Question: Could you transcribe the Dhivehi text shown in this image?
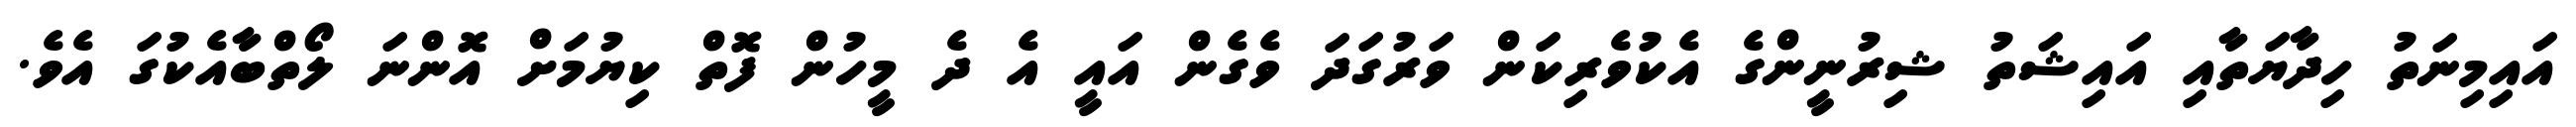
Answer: އައިމިނަތު ހިދާޔަތާއި އައިޝަތު ޝިރުނީންގެ އެކުވެރިކަން ވަރުގަދަ ވެގެން އައީ އެ ދެ މީހުން ފޮތް ކިޔުމަށް އޮންނަ ލޯތްބާއެކުގަ އެވެ.